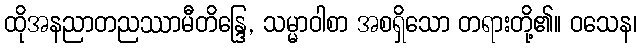
ထိုအနညာတညဿာမီတိန္ဒြေ, သမ္မာဝါစာ အစရှိသော တရားတို့၏။ ဝသေန၊